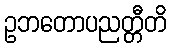
ဥဘတောပညတ္တီတိ